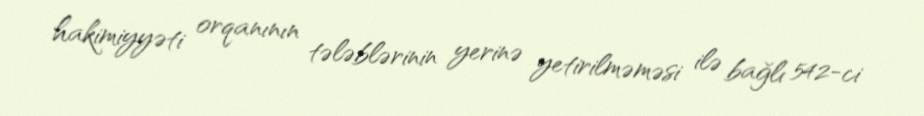
hakimiyyəti orqanının tələblərinin yerinə yetirilməməsi ilə bağlı 542-ci